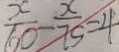
\frac { x } { 6 0 } - \frac { x } { 7 5 } = 4